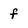
Character: f